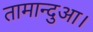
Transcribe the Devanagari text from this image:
तामान्दुआ।